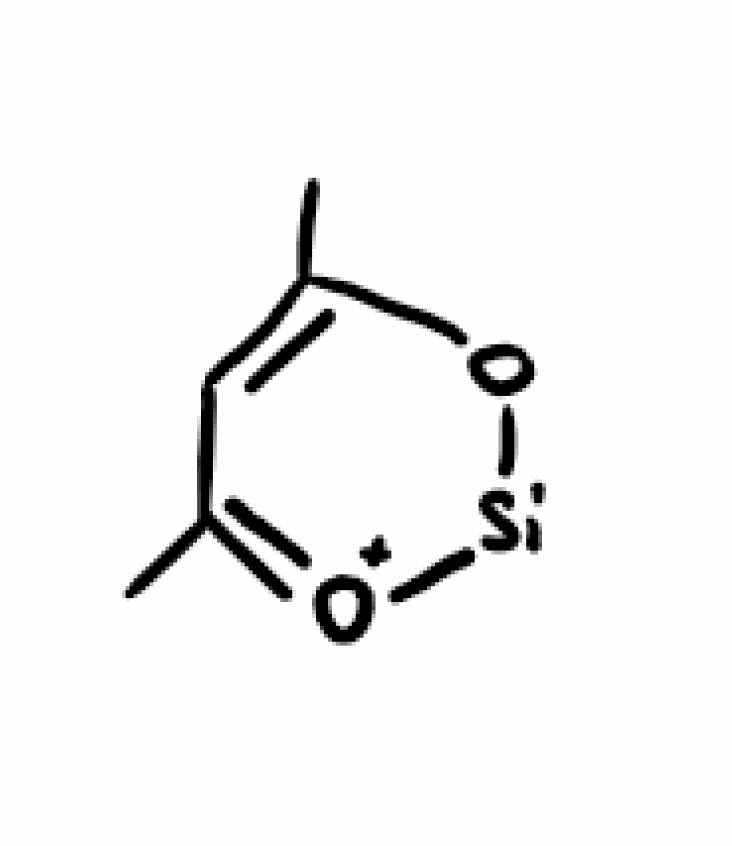
Simplified molecular-input line-entry system (SMILES) notation of the given molecule:
CC1=CC(=[O+][Si]O1)C